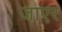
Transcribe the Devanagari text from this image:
जाएर